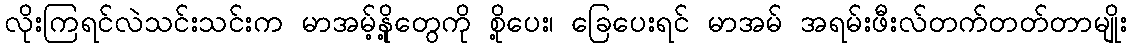
လိုးကြရင်လဲသင်းသင်းက မာအမ့်နို့တွေကို စို့ပေး၊ ခြေပေးရင် မာအမ် အရမ်းဖီးလ်တက်တတ်တာမျိုး